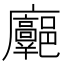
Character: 𢌓